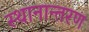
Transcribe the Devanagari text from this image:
स्‍थानान्‍तरण